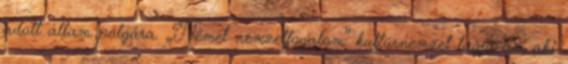
adott állam polgára. „Német nemzetfogalom” kultúrnemzet tagja az, aki